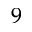
^ { 9 }